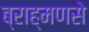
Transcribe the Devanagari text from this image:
ब्राह्मणसे